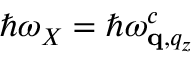
\hbar \omega _ { X } = \hbar \omega _ { \mathbf q , q _ { z } } ^ { c }